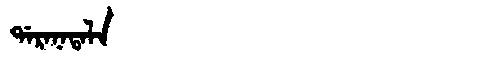
Manchu: ᡩᠠᡵᠠᠨᠠᡨᠠᠯᠠ
Romanization: DARANATALA